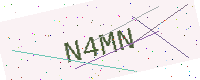
Text: N4MN